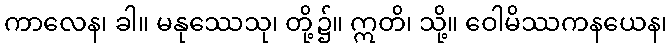
ကာလေန၊ ခါ။ မနုဿေသု၊ တို့၌။ ဣတိ၊ သို့။ ဝေါမိဿကနယေန၊